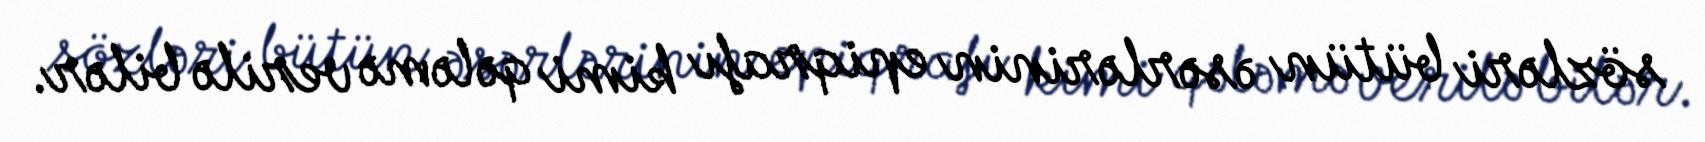
sözləri bütün əsərlərinin epiqrafı kimi qələmə verilə bilər.